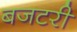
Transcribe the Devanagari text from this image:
बजटरी